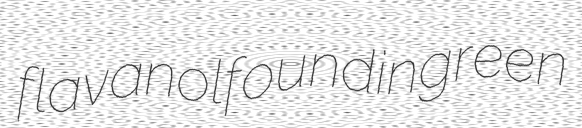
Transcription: flavanol found in green